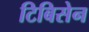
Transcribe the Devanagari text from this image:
टिबिसेन